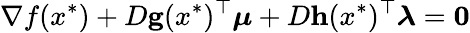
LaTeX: \nabla f(x^{*})+D\mathbf{g}(x^{*})^{\top}{\boldsymbol{\mu}}+D\mathbf{h}(x^{*})^{\top}{\boldsymbol{\lambda}}=\mathbf{0}